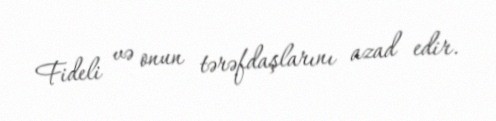
Fideli və onun tərəfdaşlarını azad edir.